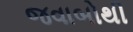
જવાબોથી